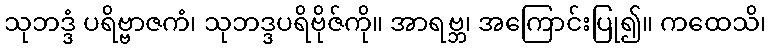
သုဘဒ္ဒံ ပရိဗ္ဗာဇကံ၊ သုဘဒ္ဒပရိဗိုဇ်ကို။ အာရဗ္ဘ၊ အကြောင်းပြု၍။ ကထေသိ၊